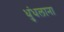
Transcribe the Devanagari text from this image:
धुंधलाना